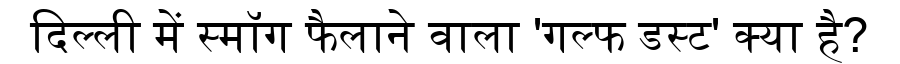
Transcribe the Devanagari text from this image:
दिल्ली में स्मॉग फैलाने वाला 'गल्फ डस्ट' क्या है?